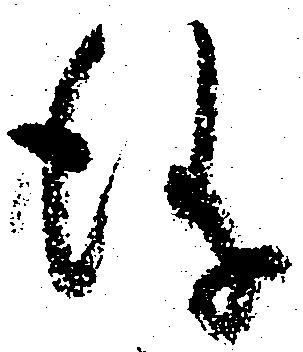
儀